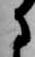
に